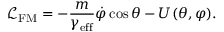
\mathcal { L } _ { \mathrm { F M } } = - \frac { m } { \gamma _ { \mathrm { e f f } } } \dot { \varphi } \cos \theta - U ( \theta , \varphi ) .